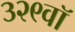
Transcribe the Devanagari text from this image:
३२९वॉ